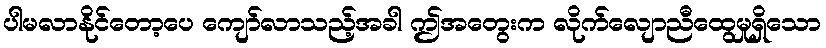
ပါမလာနိုင်တော့ပေ ကျော်လာသည့်အခါ ဤအတွေးက လိုက်လျောညီထွေမှုရှိသော